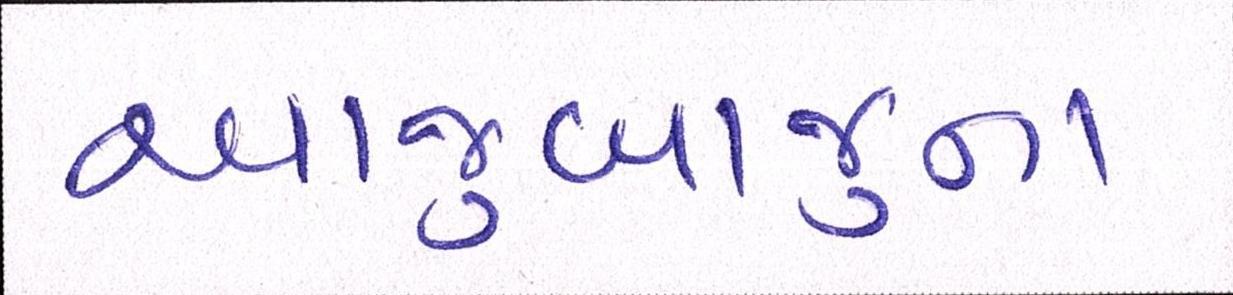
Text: આજુબાજુના